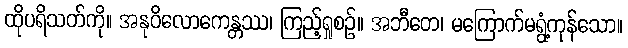
ထိုပရိသတ်ကို။ အနုဝိလောကေန္တဿ၊ ကြည့်ရှုစဉ်။ အဘီတေ၊ မကြောက်မရွံ့ကုန်သော။